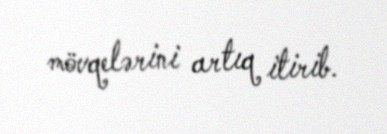
mövqelərini artıq itirib.